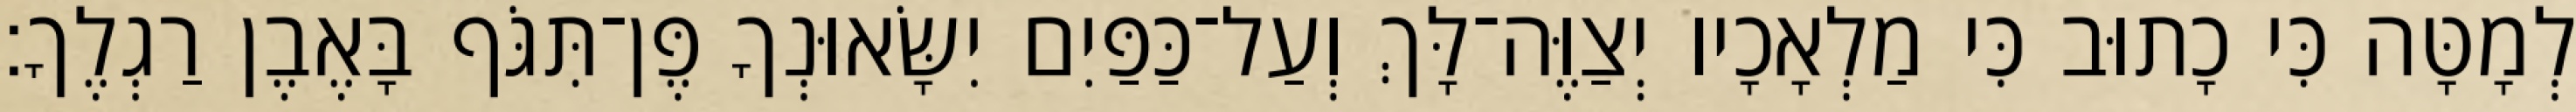
לְמָטָּה כִּי כָתוּב כִּי מַלְאָכָיו יְצַוֶּה־לָּךְ וְעַל־כַּפַּיִם יִשָּׂאוּנְךָ פֶּן־תִּגֹּף בָּאֶבֶן רַגְלֶךָ׃